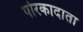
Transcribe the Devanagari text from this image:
पोरकादाता